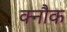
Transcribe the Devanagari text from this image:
क्नौक